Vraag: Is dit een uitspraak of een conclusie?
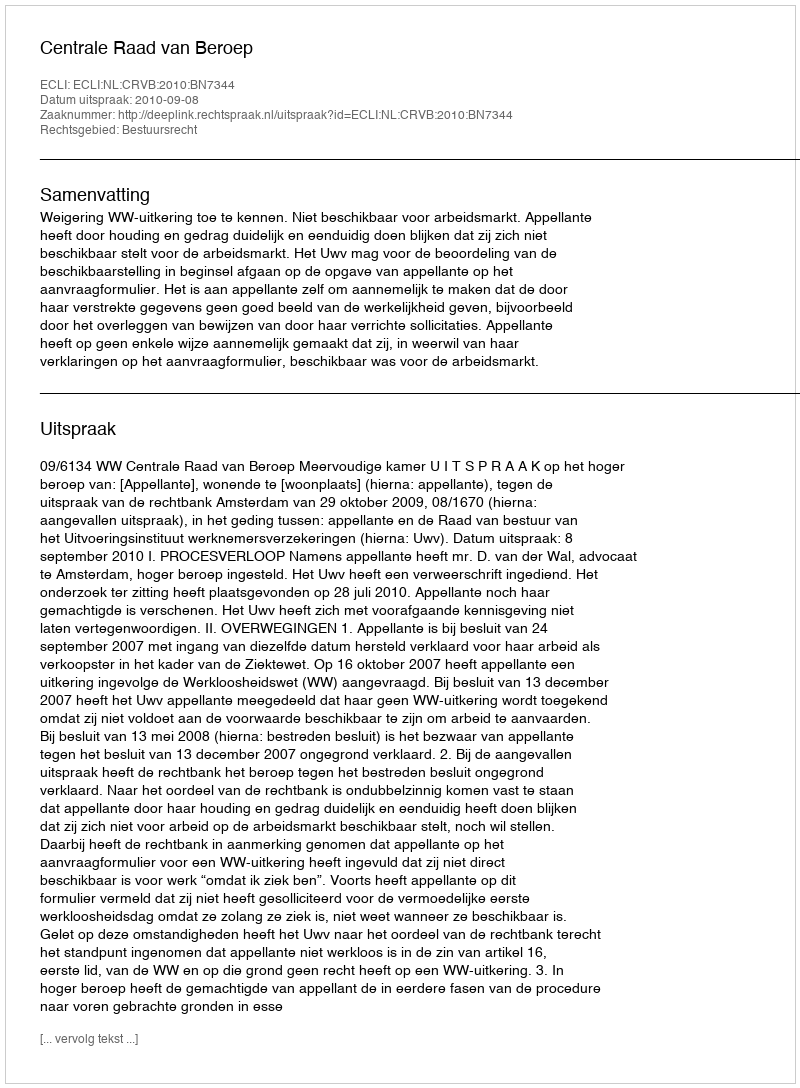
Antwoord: Uitspraak